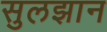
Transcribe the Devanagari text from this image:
सुलझान